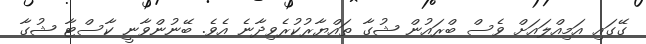
ގޭގައި އަމިއްލައަށް ވެސް ބްރައުން ޝުގާ ތައްޔާރުކުރެވިދާނެ އެވެ. ބޭނުންވާނީ ކާސްޓާ ޝުގާ